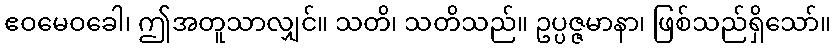
ဧဝမေဝခေါ၊ ဤအတူသာလျှင်။ သတိ၊ သတိသည်။ ဥပ္ပဇ္ဇမာနာ၊ ဖြစ်သည်ရှိသော်။